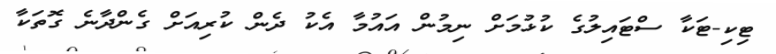
ޓިކި-ޓަކާ ސްޓައިލުގެ ކުޅުމަށް ނިމުން އައުމާ އެކު ދެން ކުރިއަށް ގެންދާނެ ގޮތަކާ